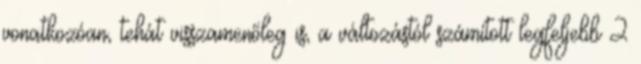
vonatkozóan, tehát visszamenőleg is, a változástól számított legfeljebb 2